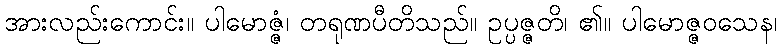
အားလည်းကောင်း။ ပါမောဇ္ဇံ၊ တရုဏပီတိသည်။ ဥပ္ပဇ္ဇတိ၊ ၏။ ပါမောဇ္ဇဝသေန၊